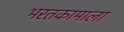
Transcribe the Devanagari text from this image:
भरतकामाला